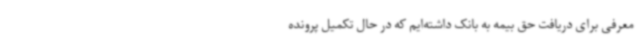
معرفی برای دریافت حق بیمه به بانک داشته‌ایم که در حال تکمیل پرونده